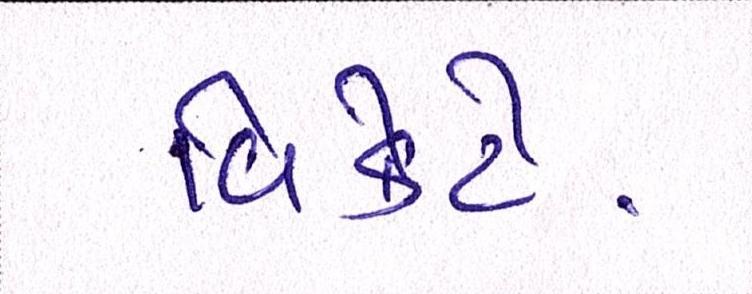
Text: વિકેટે